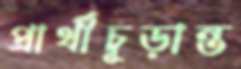
প্রার্থীচূড়ান্ত